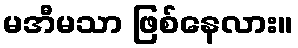
မအီမသာ ဖြစ်နေလား။